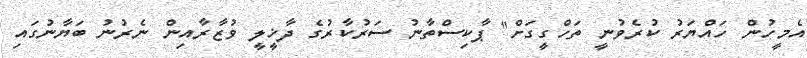
އެމީހުން ހައްޔަރު ކުރެވުނީ ތަހްގީގަށް" ޕާކިސްތާނު ސަރުކާރުގެ ދާޚީލީ ވުޒާރާއިން ނެރުނު ބަޔާނުގައި